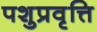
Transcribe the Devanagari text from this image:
पशुप्रवृत्ति